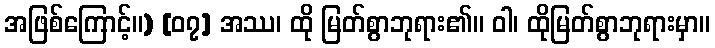
အဖြစ်ကြောင့်။) [၀၇] အဿ၊ ထို မြတ်စွာဘုရား၏။ ဝါ၊ ထိုမြတ်စွာဘုရားမှာ။